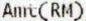
AMT(RM)